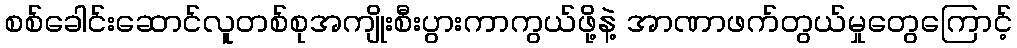
စစ်ခေါင်းဆောင်လူတစ်စုအကျိုးစီးပွားကာကွယ်ဖို့နဲ့ အာဏာဖက်တွယ်မှုတွေကြောင့်